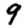
Digit: 9